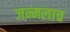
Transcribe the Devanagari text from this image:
जन्मलाच